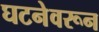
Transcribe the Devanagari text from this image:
घटनेवरून